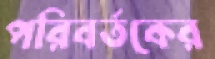
পরিবর্তকের